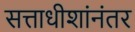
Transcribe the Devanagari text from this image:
सत्ताधीशांनंतर